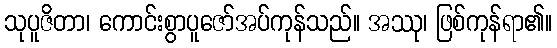
သုပူဇိတာ၊ ကောင်းစွာပူဇော်အပ်ကုန်သည်။ အဿု၊ ဖြစ်ကုန်ရာ၏။